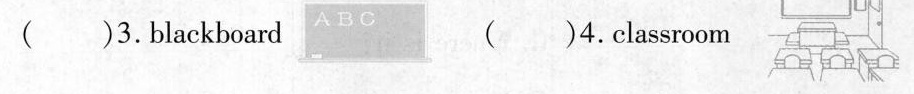
( )3.Blackboard ( )4.Classroom